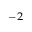
^ { - 2 }